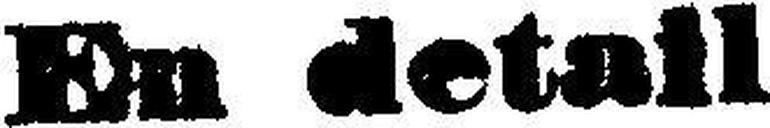
En detail